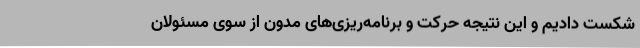
شکست دادیم و این نتیجه حرکت و برنامه‌ریزی‌های مدون از سوی مسئولان